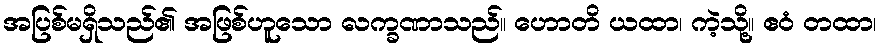
အပြစ်မရှိသည်၏ အဖြစ်ဟူသော လက္ခဏာသည်။ ဟောတိ ယထာ၊ ကဲ့သို့။ ဧဝံ တထာ၊